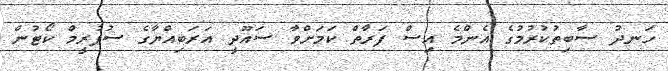
ހަނދު ސާބިތުކުރުމުގެ އެންމެ އިސް ފަރާތް ކަމަށްވާ ސައޫދީ އަރަބިއްޔާގެ ސުޕުރީމް ކޯޓުން